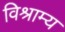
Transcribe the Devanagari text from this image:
विश्राम्य